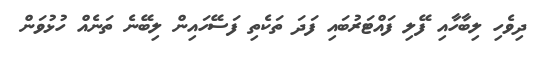
ދިވެހި ލިބާހާއި ފޭލި ފައްޓަރުބައި ފަދަ ތަކެތި ފަސޭހައިން ލިބޭނެ ތަނެއް ހުޅުވަން